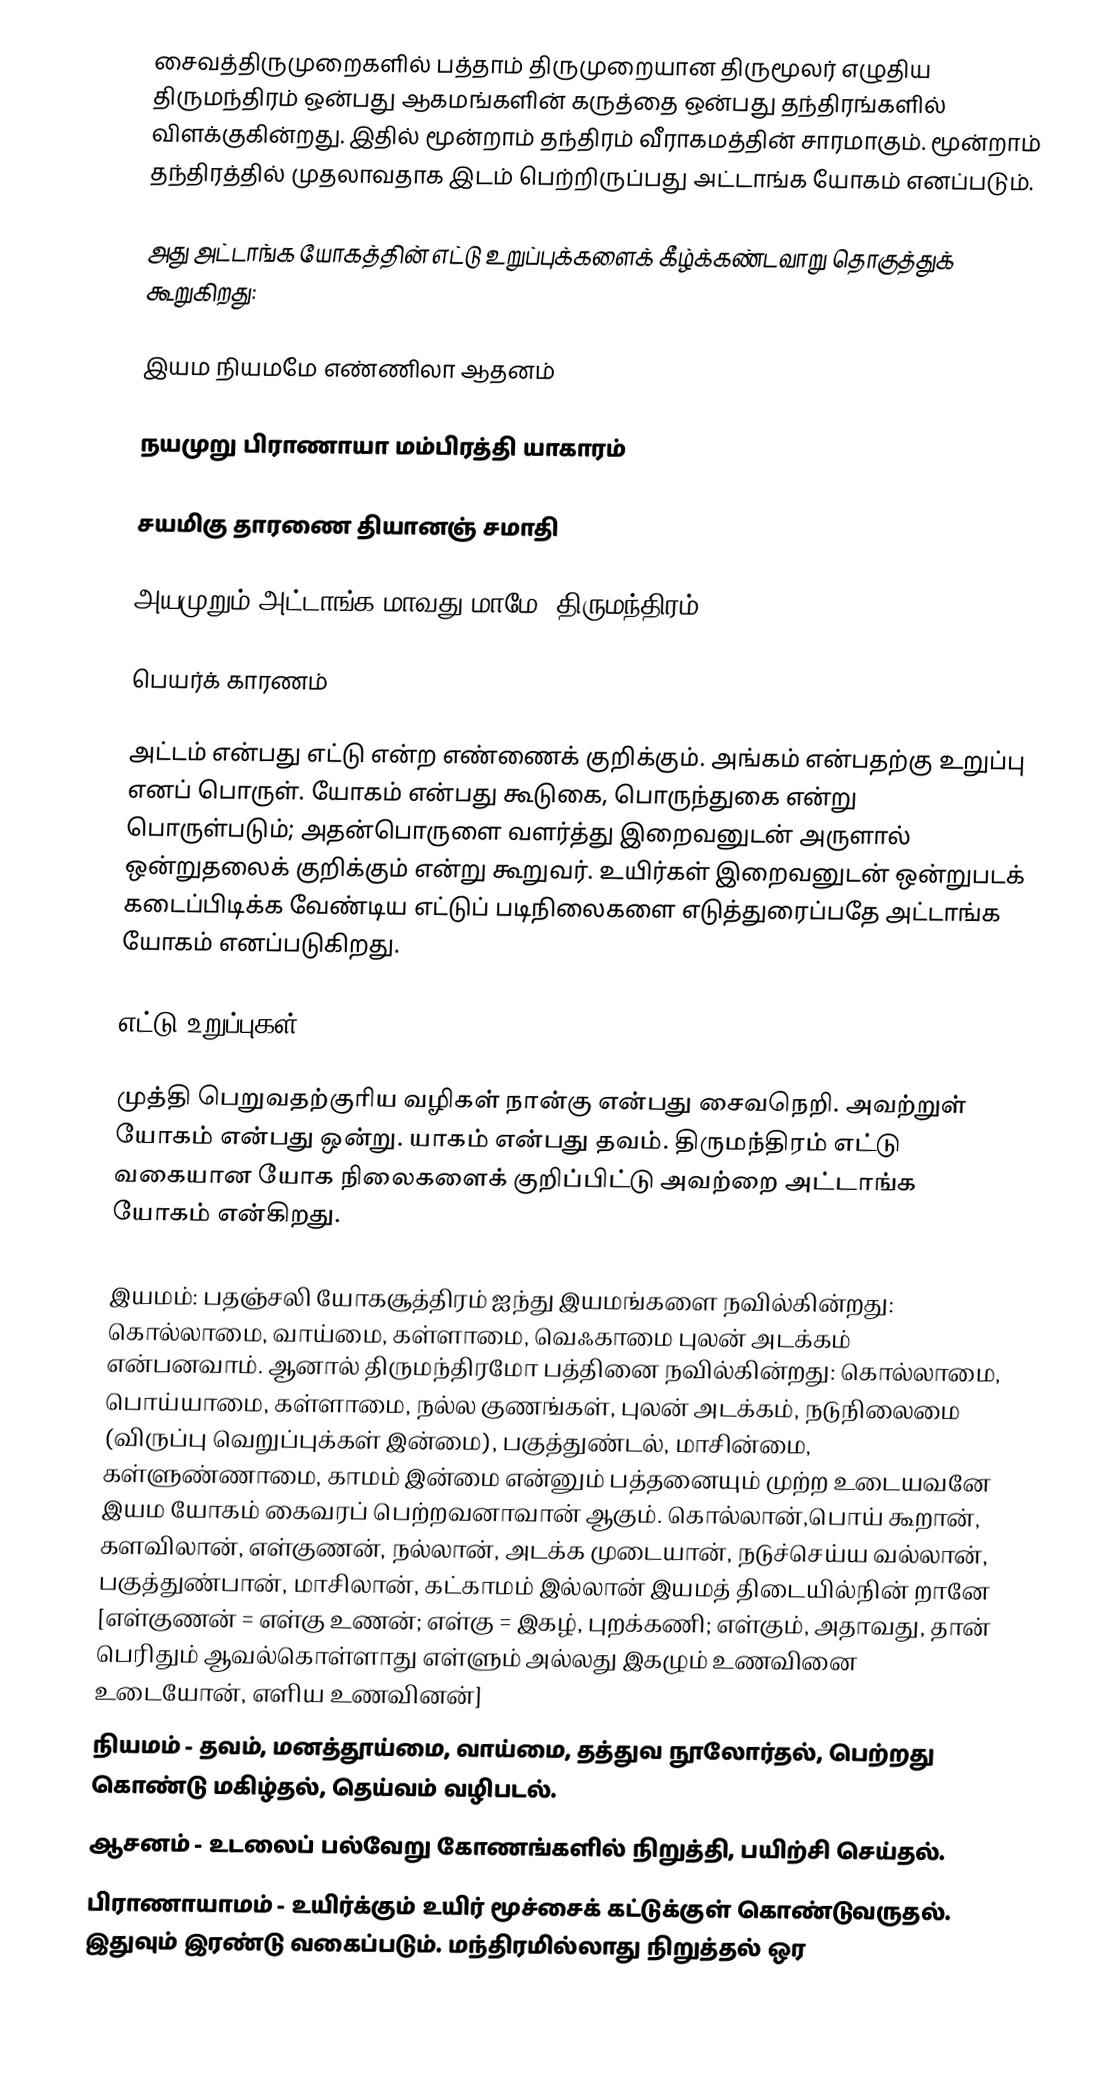
சைவத்திருமுறைகளில் பத்தாம் திருமுறையான திருமூலர் எழுதிய திருமந்திரம் ஒன்பது ஆகமங்களின் கருத்தை ஒன்பது தந்திரங்களில் விளக்குகின்றது. இதில் மூன்றாம் தந்திரம் வீராகமத்தின் சாரமாகும். மூன்றாம் தந்திரத்தில் முதலாவதாக இடம் பெற்றிருப்பது அட்டாங்க யோகம் எனப்படும்.

அது அட்டாங்க யோகத்தின் எட்டு உறுப்புக்களைக் கீழ்க்கண்டவாறு தொகுத்துக் கூறுகிறது:

இயம நியமமே எண்ணிலா ஆதனம்

நயமுறு பிராணாயா மம்பிரத்தி யாகாரம்

சயமிகு தாரணை தியானஞ் சமாதி

அயமுறும் அட்டாங்க மாவது மாமே  (திருமந்திரம் : 3:1:4)

பெயர்க் காரணம்

அட்டம் என்பது எட்டு என்ற எண்ணைக் குறிக்கும். அங்கம் என்பதற்கு உறுப்பு எனப் பொருள். யோகம் என்பது  கூடுகை, பொருந்துகை என்று பொருள்படும்; அதன்பொருளை வளர்த்து இறைவனுடன் அருளால் ஒன்றுதலைக் குறிக்கும் என்று கூறுவர். உயிர்கள் இறைவனுடன் ஒன்றுபடக் கடைப்பிடிக்க வேண்டிய எட்டுப் படிநிலைகளை எடுத்துரைப்பதே அட்டாங்க யோகம் எனப்படுகிறது.

எட்டு உறுப்புகள்

முத்தி பெறுவதற்குரிய வழிகள் நான்கு என்பது சைவநெறி. அவற்றுள் யோகம் என்பது ஒன்று. யாகம் என்பது தவம். திருமந்திரம் எட்டு வகையான யோக நிலைகளைக் குறிப்பிட்டு அவற்றை அட்டாங்க யோகம் என்கிறது.

 இயமம்: பதஞ்சலி யோகசூத்திரம் ஐந்து இயமங்களை நவில்கின்றது: கொல்லாமை, வாய்மை, கள்ளாமை, வெஃகாமை  புலன் அடக்கம் என்பனவாம்.  ஆனால் திருமந்திரமோ பத்தினை நவில்கின்றது: கொல்லாமை, பொய்யாமை, கள்ளாமை, நல்ல குணங்கள், புலன் அடக்கம், நடுநிலைமை (விருப்பு வெறுப்புக்கள் இன்மை), பகுத்துண்டல், மாசின்மை, கள்ளுண்ணாமை, காமம் இன்மை என்னும் பத்தனையும் முற்ற உடையவனே இயம யோகம் கைவரப் பெற்றவனாவான் ஆகும்.      கொல்லான்,பொய் கூறான், களவிலான், எள்குணன், நல்லான், அடக்க முடையான், நடுச்செய்ய  வல்லான், பகுத்துண்பான், மாசிலான், கட்காமம்  இல்லான் இயமத் திடையில்நின் றானே  [எள்குணன் = எள்கு உணன்; எள்கு = இகழ், புறக்கணி; எள்கும், அதாவது,  தான் பெரிதும் ஆவல்கொள்ளாது எள்ளும் அல்லது இகழும் உணவினை உடையோன், எளிய உணவினன்]
நியமம் - தவம், மனத்தூய்மை, வாய்மை, தத்துவ நூலோர்தல், பெற்றது கொண்டு மகிழ்தல், தெய்வம் வழிபடல்.
 ஆசனம் - உடலைப் பல்வேறு கோணங்களில் நிறுத்தி, பயிற்சி செய்தல்.
 பிராணாயாமம் - உயிர்க்கும் உயிர் மூச்சைக் கட்டுக்குள் கொண்டுவருதல்.   இதுவும் இரண்டு வகைப்படும். மந்திரமில்லாது நிறுத்தல்  ஒர